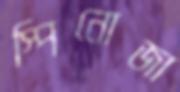
স্পিনোজা